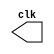
// ---------------------
// Guia 09_05 - Gerador de Pulsos
// Nome: Bruno Cezar Andrade Viallet
// ---------------------

//----------------------------
//-- Clock
//----------------------------

module clock (clk);
 output clk;
 reg    clk;

 initial
  begin
   clk = 1'b0;
  end

 always
  begin
   #12 clk = ~clk;
  end
endmodule // clock

//----------------------------
//-- Pulse
//----------------------------

module pulse (signal, clock);
 input  clock;
 output signal;
 reg    signal;

 always @ (posedge clock)
  begin
       signal = 1'b1;
  #3   signal = 1'b0;
  #3   signal = 1'b1;
  #3   signal = 1'b0;
  #3   signal = 1'b1;
  #3   signal = 1'b0;
  #3   signal = 1'b1;
  #3   signal = 1'b0;
 
  end
endmodule // pulse

//----------------------------
//-- Test
//----------------------------

module testpulse;
 wire  clock;
 clock clk (clock);
 wire  s1;

 pulse   pulse1   (s1, clock);

 initial begin
  $display ("Guia09_05 - Bruno Cezar Andrade Viallet - 396679");
  $dumpfile ("Guia09_05.vcd");
  $dumpvars (1, clock, s1);
   #480 $finish;

 end

endmodule // testpulse